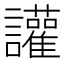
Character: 讙